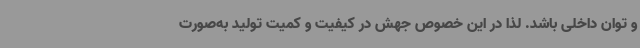
و توان داخلی باشد. لذا در این خصوص جهش در کیفیت و کمیت تولید به‌صورت